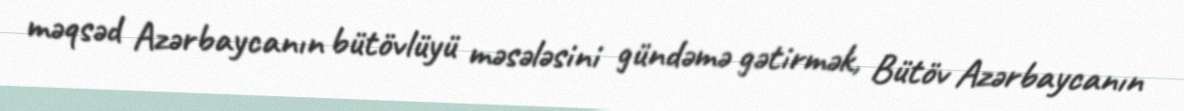
məqsəd Azərbaycanın bütövlüyü məsələsini gündəmə gətirmək, Bütöv Azərbaycanın